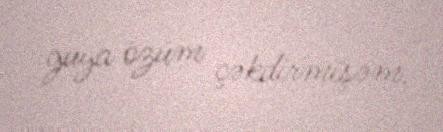
guya özüm çəkdirmişəm.